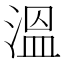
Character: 溫